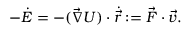
- \dot { E } = - ( \vec { \nabla } U ) \cdot \dot { \vec { r } } : = \vec { F } \cdot \vec { v } .